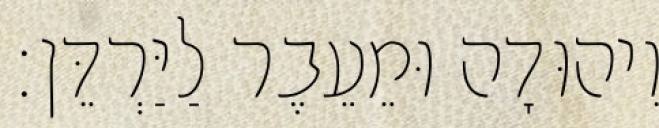
וִיהוּדָה וּמֵעֵבֶר לַיַּרְדֵּן׃